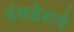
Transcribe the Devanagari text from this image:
वंशद्वेशाचे